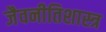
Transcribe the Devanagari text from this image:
जैवनीतिशास्त्र